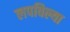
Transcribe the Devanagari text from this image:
लपविल्या